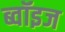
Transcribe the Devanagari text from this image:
ब्वॉइज